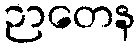
ဉာတေန